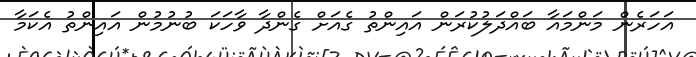
އަހަރެން މަންމައާ ބައްދަލުކުރަން އައިންތު ގެއަށް ގެންދާ ވާހަކަ ބުނުމުން އައިންތު އެކަމާ